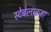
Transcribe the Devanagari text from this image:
स्टेबेलाइज़र